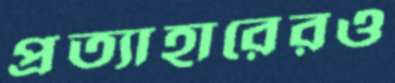
প্রত্যাহারেরও